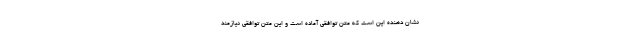
نشان دهنده این است که متن توافقی آماده است و این متن توافقی نیازمند